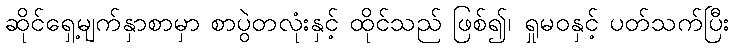
ဆိုင်ရှေ့မျက်နှာစာမှာ စာပွဲတလုံးနှင့် ထိုင်သည် ဖြစ်၍၊ ရှုမဝနှင့် ပတ်သက်ပြီး